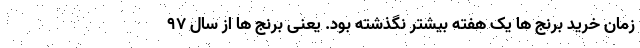
زمان خرید برنج ها یک هفته بیشتر نگذشته بود. یعنی برنج ها از سال ۹۷